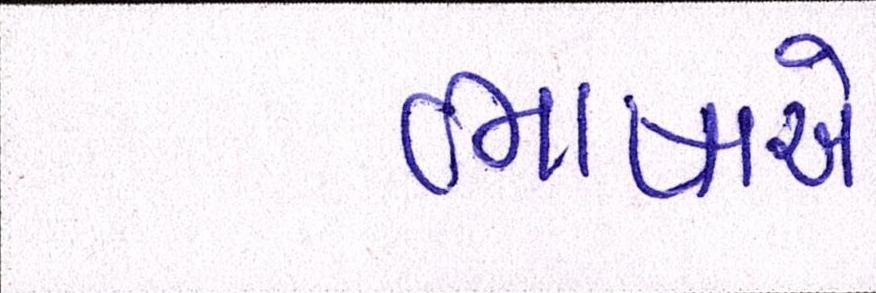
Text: ભાષાએ